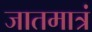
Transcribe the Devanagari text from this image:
जातमात्रं